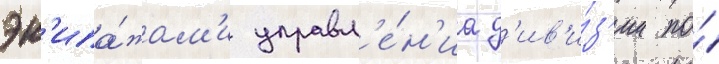
эк'ипа́жам'и управл'е́н'иа д'ив'и́з'ии по́